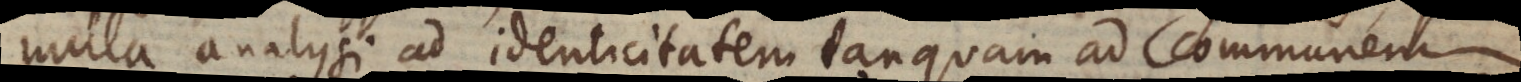
nulla analysi ad identicitatem tanquam ad communem